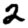
Digit: 2